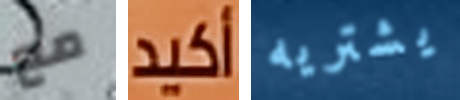
مع أكيد يشتريه